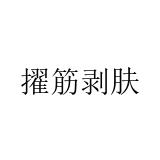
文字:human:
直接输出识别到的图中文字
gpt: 擢筋剥肤